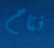
فتاح